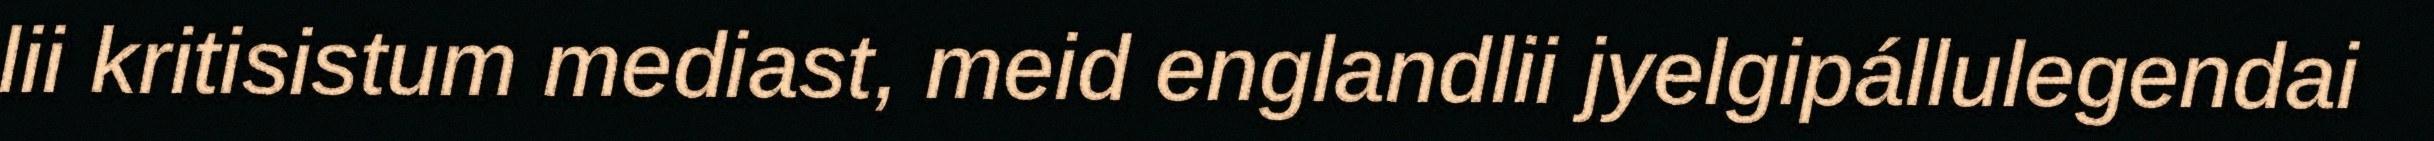
lii kritisistum mediast, meid englandlii jyelgipállulegendai